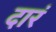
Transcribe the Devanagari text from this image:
दारं